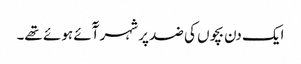
ایک دن بچوں کی ضد پر شہر آٓئے ہوئے تھے۔